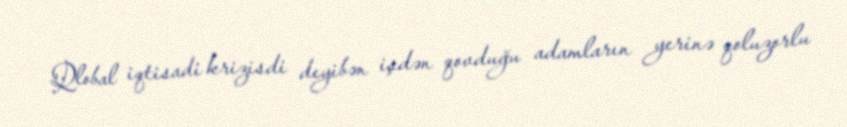
Qlobal iqtisadi krizisdi deyibən işdən qovduğu adamların yerinə qoluzorlu